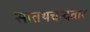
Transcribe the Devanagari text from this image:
सातथचन्दवार